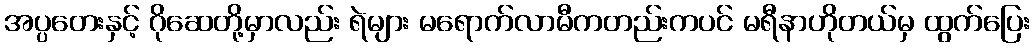
အပ္ပတေးနှင့် ဂိုဆေတို့မှာလည်း ရဲများ မရောက်လာမီကတည်းကပင် မရီနာဟိုတယ်မှ ထွက်ပြေး